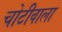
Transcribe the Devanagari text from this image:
चोटीवाला